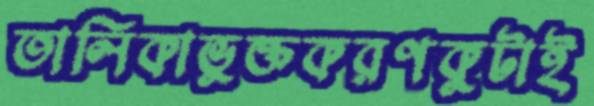
তালিকাভুক্তকরণকুটাই